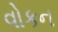
વોકન